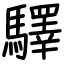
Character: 驛